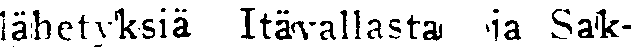
lähetyksiä Itävallasta ja Sak-